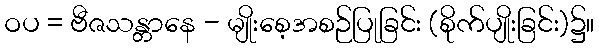
ဝပ = ဗီဇသန္တာနေ - မျိုးစေ့အစဉ်ပြုခြင်း (စိုက်ပျိုးခြင်း)၌။